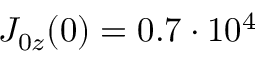
J _ { 0 z } ( 0 ) = 0 . 7 \cdot 1 0 ^ { 4 }